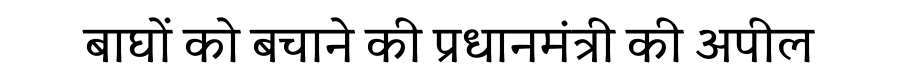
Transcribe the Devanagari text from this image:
बाघों को बचाने की प्रधानमंत्री की अपील